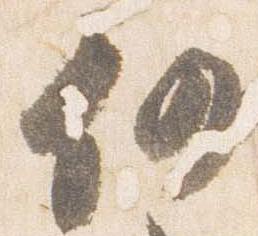
仍